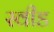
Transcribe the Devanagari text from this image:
स्वीड